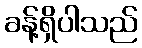
ခန့်ရှိပါသည်